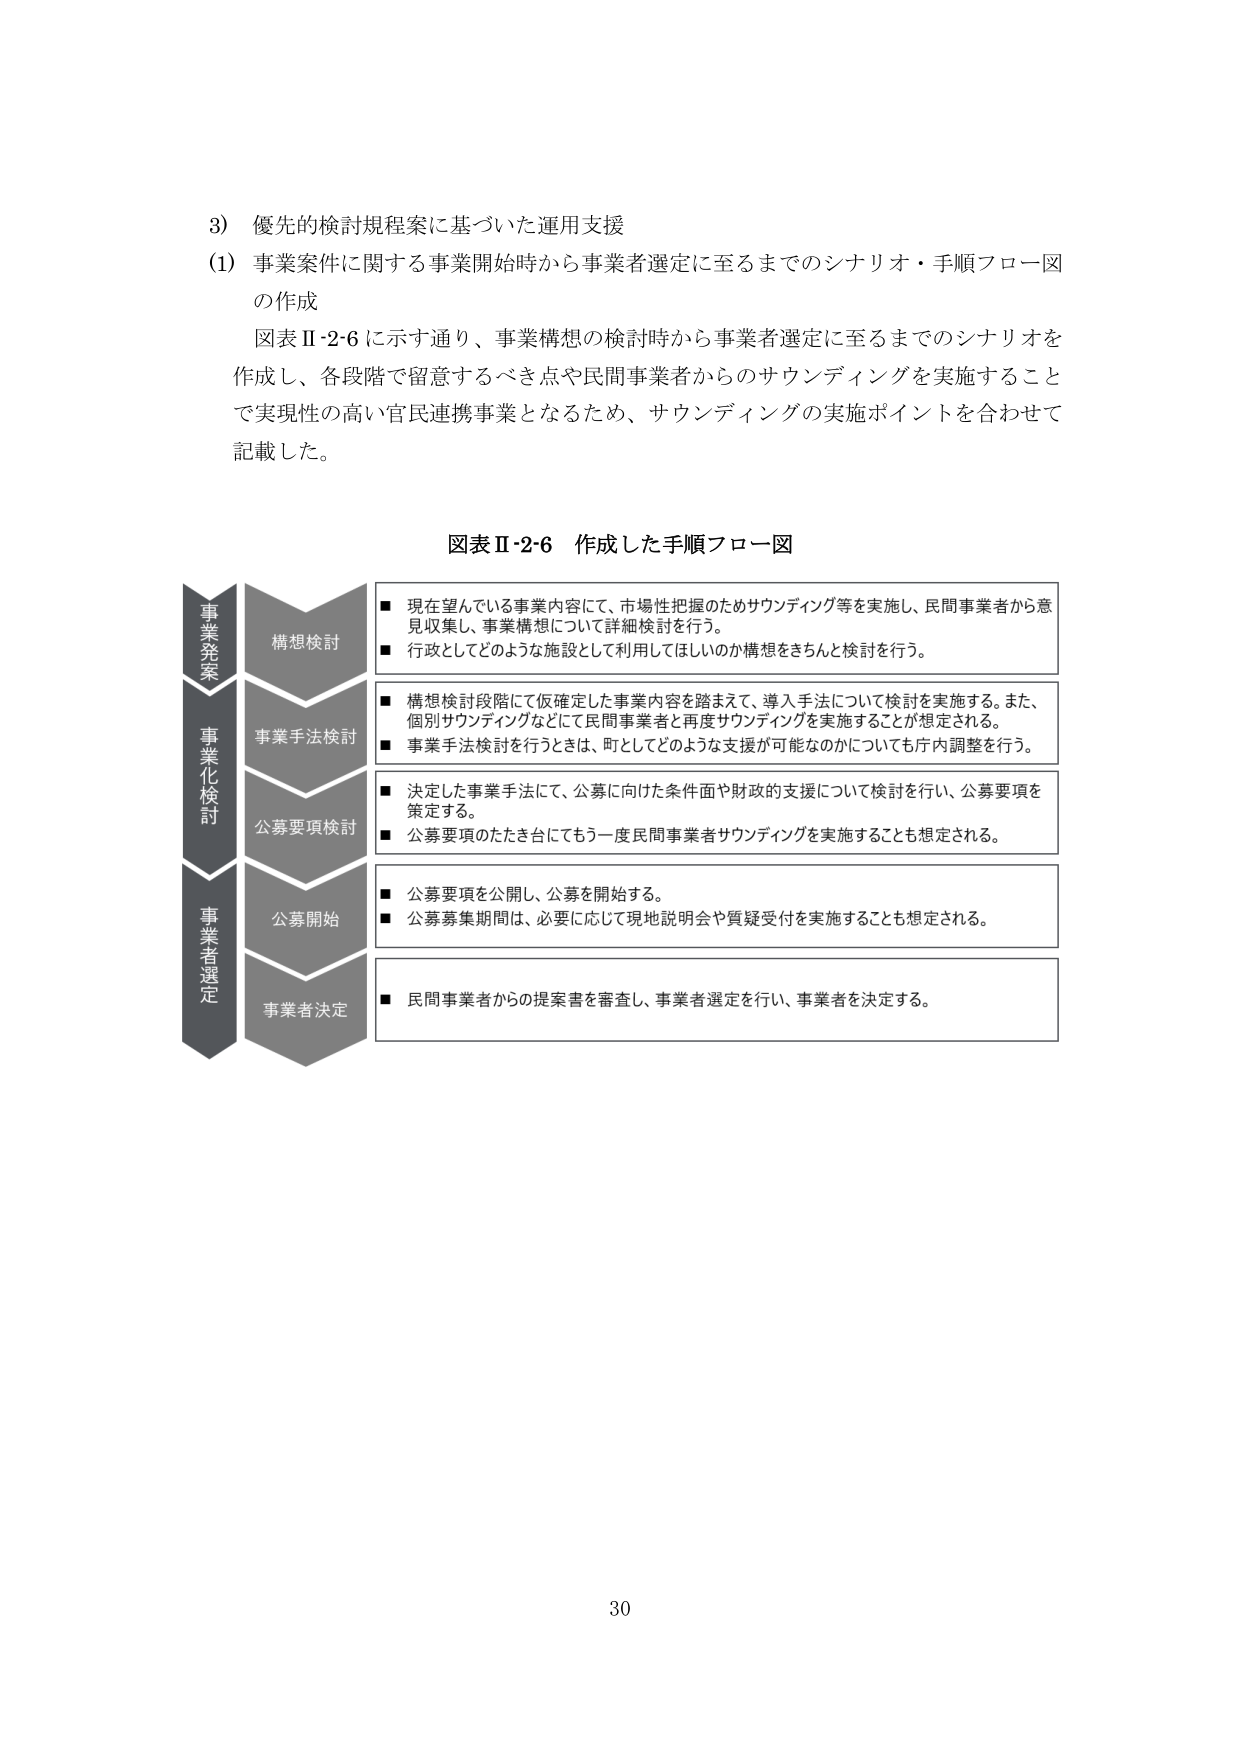
3) 優先的検討規程案に基づいた運用支援
(1) 事業案件に関する事業開始時から事業者選定に至るまでのシナリオ・手順フロー図の作成
図表Ⅱ-2-6に示す通り、事業構想の検討時から事業者選定に至るまでのシナリオを作成し、各段階で留意するべき点や民間事業者からのサウンディングを実施することで実現性の高い官民連携事業となるため、サウンディングの実施ポイントを合わせて記載した。

図表Ⅱ-2-6 作成した手順フロー図

事業発案
構想検討
■ 現在望んでいる事業内容にて、市場性把握のためサウンディング等を実施し、民間事業者から意見収集し、事業構想について詳細検討を行う。
■ 行政としてどのような施設として利用してほしいのか構想をきちんと検討を行う。

事業化検討
事業手法検討
■ 構想検討段階にて仮確定した事業内容を踏まえて、導入手法について検討を実施する。また、個別サウンディングなどにて民間事業者と再度サウンディングを実施することが想定される。
■ 事業手法検討を行うときは、町としてどのような支援が可能なのかについても庁内調整を行う。

公募要項検討
■ 決定した事業手法にて、公募に向けた条件面や財政的支援について検討を行い、公募要項を策定する。
■ 公募要項のたたき台にもう一度民間事業者サウンディングを実施することも想定される。

事業者選定
公募開始
■ 公募要項を公開し、公募を開始する。
■ 公募募集期間は、必要に応じて現地説明会や質疑受付を実施することも想定される。

事業者決定
■ 民間事業者からの提案書を審査し、事業者選定を行い、事業者を決定する。

30